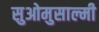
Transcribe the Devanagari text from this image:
सुओमुसाल्मी